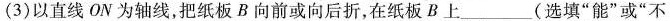
(3)以直线ON为轴线，把纸板B向前或向后折，在纸板B上___(选填“能”或“不